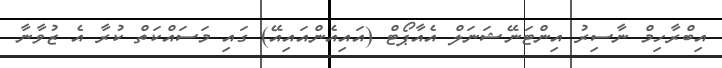
އިބްރާހިމް ނާސިރު އިންޓަނޭޝަނަލް އެއާޕޯޓް (އައިއެންއައިއޭ) ގައި މަސައްކަތް ކުރާ އެ ޒުވާނާ